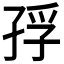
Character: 𭓅